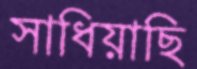
সাধিয়াছি